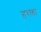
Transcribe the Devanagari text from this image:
हराहा